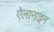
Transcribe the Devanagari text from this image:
ऐलानाइन